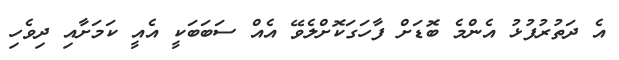
އެ ދަތުރުފުޅު އެންމެ ބޮޑަށް ފާހަގަކޮށްލެވޭ އެއް ސަބަބަކީ އެއީ ކަމަށާއި ދިވެހި